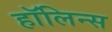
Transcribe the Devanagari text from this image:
हॉलिन्स